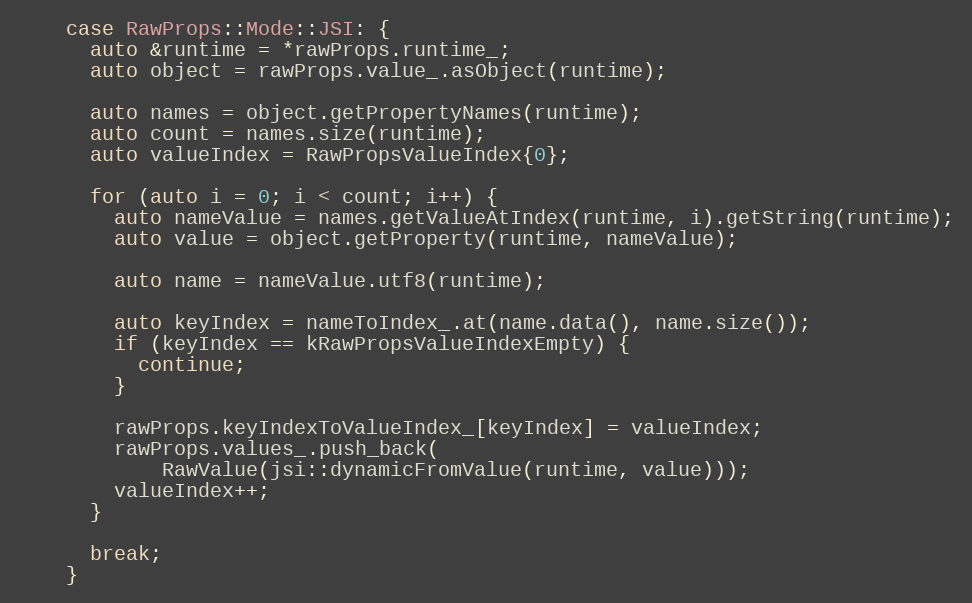
Language: C++
    case RawProps::Mode::JSI: {
      auto &runtime = *rawProps.runtime_;
      auto object = rawProps.value_.asObject(runtime);

      auto names = object.getPropertyNames(runtime);
      auto count = names.size(runtime);
      auto valueIndex = RawPropsValueIndex{0};

      for (auto i = 0; i < count; i++) {
        auto nameValue = names.getValueAtIndex(runtime, i).getString(runtime);
        auto value = object.getProperty(runtime, nameValue);

        auto name = nameValue.utf8(runtime);

        auto keyIndex = nameToIndex_.at(name.data(), name.size());
        if (keyIndex == kRawPropsValueIndexEmpty) {
          continue;
        }

        rawProps.keyIndexToValueIndex_[keyIndex] = valueIndex;
        rawProps.values_.push_back(
            RawValue(jsi::dynamicFromValue(runtime, value)));
        valueIndex++;
      }

      break;
    }